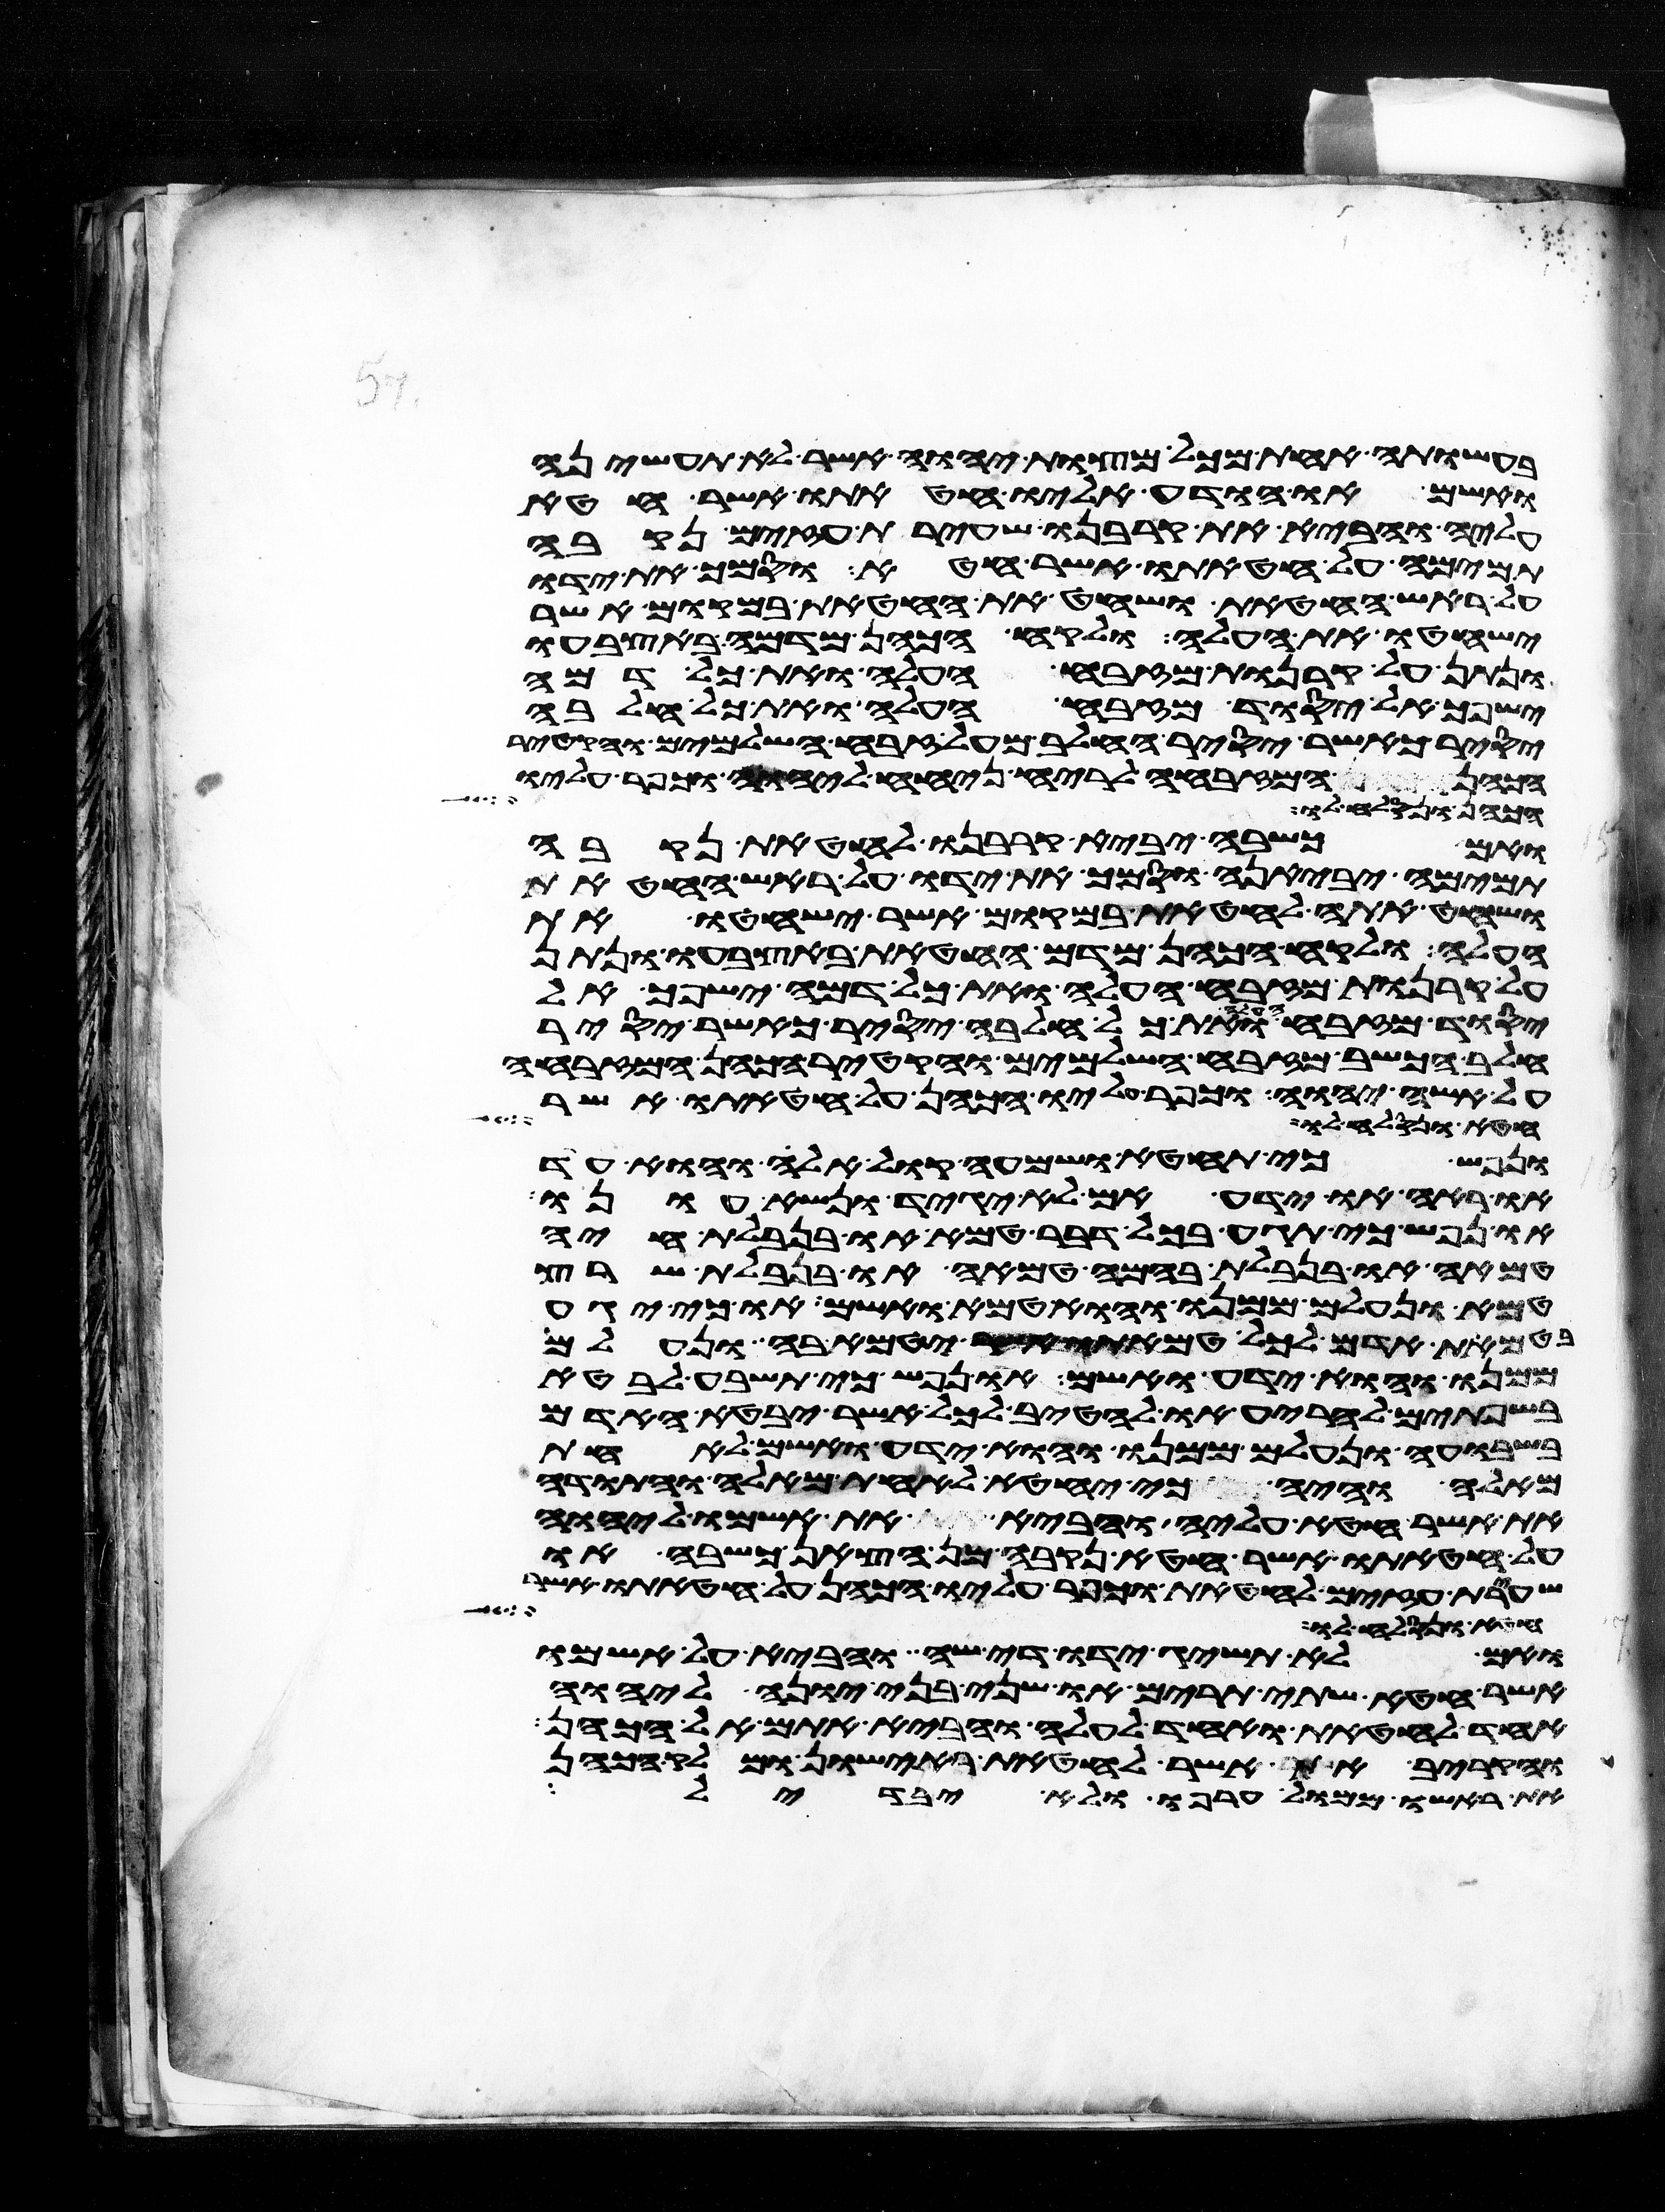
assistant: בעשותה אחת מכל מצות יהוה אשר לא תעשיהן
ואשם או הודע אליו חטאתו אשר חטא
עליה והביא את קרבנו שעירת עזים נקבה
תמימה על חטאתו אשר חטא וסמך את ידו
על ראש החטאת ושחט את החטאת במקום אשר
ישחטו את העלה ולקח הכהן מדמה באצבעו
ונתן על קרנות מזבח העלה ואת כל דמה
ישפך אל יסוד מזבח העלה ואת כל חלבה
יסיר כאשר יסיר החלב מעל זבח השלמים והקטיר
הכהן המזבחה לריח ניחח ליהוה וכפר עליו
הכהן ונסלח לו
ואם כשבה יביא קרבנו לחטאת נקבה
תמימה יביאנה וסמך את ידו על ראש החטאת
ושחט אתה לחטאת במקום אשר ישחטו את
העלה ולקח הכהן מדם החטאת באצבעו ונתן
על קרנות מזבח העלה ואת כל דמה ישפך אל
יסוד מזבח העלה ואת כל חלבה יסיר כאשר יסיר
חלב הכשב מזבח השלמים והקטיר הכהן המזבחה
על אשי יהוה וכפר עליו הכהן על חטאתו אשר
חטא ונסלח לו
ונפש כי תחטא ושמעה קול אלה והוא עד
או ראה או ידע אם לא יגיד ונשא עונו
או נפש כי תגע בכל דבר טמא או בנבלת חיה
טמאה או בנבלת בהמה טמאה או בנבלת שרץ
טמא ונעלם ממנו והוא טמא ואשם או כי יגע
בטמאת אדם לכל טמאתו אשר יטמא בה ונעלם
ממנו והוא ידע ואשם ונפש כי תשבע לבטא
בשפתים להריע או להטיב לכל אשר יבטא האדם
בשבועה ונעלם ממנו והוא ידע ואשם לאחת
מאלה והיה כי יחטא לאחת מאלה והתודה
את אשר חטא עליה והביא את אשמו ליהוה
על חטאתו אשר חטא נקבה מן הצאן כשבה או
שעירת עזים לחטאת וכפר עליו הכהן על חטאתו אשר
חטא ונסלח לו ואם
ואם לא תשיג ידו די שה והביא על אשמו
אשר חטא שתי תרים או שני בני יונה ליהוה
אחד לחטאת ואחד לעלה והביא אתם אל הכהן
והקריב את אשר לחטאת ראישון ומלק הכהן
את ראשו ממול ערפו ולא יבדל